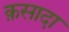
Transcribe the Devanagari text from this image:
क़सादा